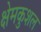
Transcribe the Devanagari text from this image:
क्षेमकुशल